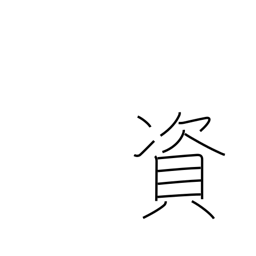
Meaning: be conducive to